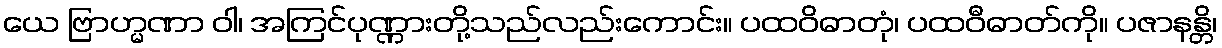
ယေ ဗြာဟ္မဏာ ဝါ၊ အကြင်ပုဏ္ဏားတို့သည်လည်းကောင်း။ ပထဝိဓာတုံ၊ ပထဝီဓာတ်ကို။ ပဇာနန္တိ၊